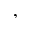
,